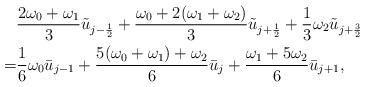
LaTeX: \begin{align*}\begin{aligned}&\frac{2\omega_0+\omega_1}{3}\tilde{u}_{j-\frac{1}{2}}+\frac{\omega_0+2(\omega_1+\omega_2)}{3}\tilde{u}_{j+\frac{1}{2}}+\frac{1}{3}\omega_2\tilde{u}_{j+\frac{3}{2}}&\\=&\frac{1}{6}\omega_0\bar{u}_{j-1}+\frac{5(\omega_0+\omega_1)+\omega_2}{6}\bar{u}_j+\frac{\omega_1+5\omega_2}{6}\bar{u}_{j+1},&\end{aligned}\end{align*}